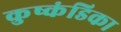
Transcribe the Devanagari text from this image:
कुष्कंडिका